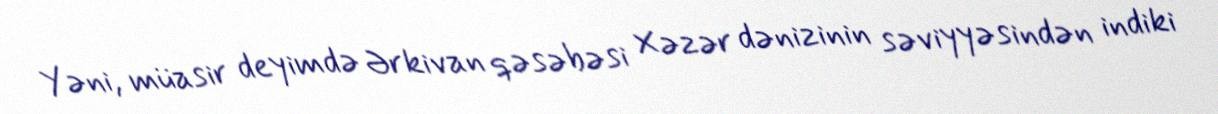
Yəni, müasir deyimdə Ərkivan qəsəbəsi Xəzər dənizinin səviyyəsindən indiki